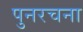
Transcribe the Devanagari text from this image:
पुनरचना